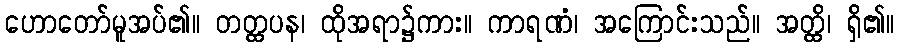
ဟောတော်မူအပ်၏။ တတ္ထပန၊ ထိုအရာ၌ကား။ ကာရဏံ၊ အကြောင်းသည်။ အတ္ထိ၊ ရှိ၏။